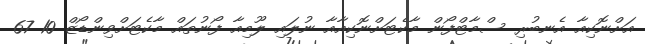
އަށްނޮކިއާ އެނބުރި ސްމާޓްފޯން މާކެޓަށްނޮކިއާއާ ނުލައި ލޫމިއާ ފޯނުތައް މާކެޓަށްވިންޑޯޒް 10 67